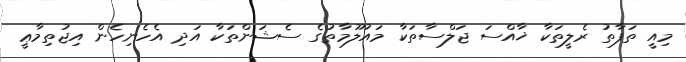
މިއީ ތަފާތު ރެލީތަކާ ޚާއްސަ ޖަލްސާތަކާ މައުލޫމާތުގެ ސެޝަންތަކާ އަދި އެހެނިހެން އިޖުތިމާޢީ